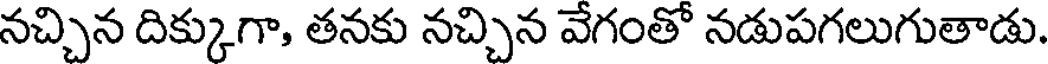
నచ్చిన దిక్కుగా, తనకు నచ్చిన వేగంతో నడుపగలుగుతాడు.